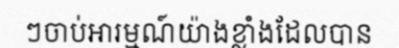
ៗចាប់អារម្មណ៍យ៉ាងខ្លាំងដែលបាន